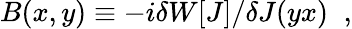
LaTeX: B(x,y)\equiv-i\delta W\lbrack J\rbrack/\delta J(yx)\; \; ,